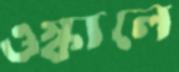
ওস্‌কালে